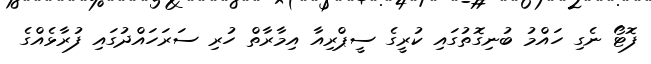
ފޮޓޯ ނެގި ހައްމު ބުނިގޮތުގައި ކުރީގެ ސީޕްރިއާ އިމާރާތް ހުރި ސަރަހައްދުގައި ފުރާޅެއްގެ